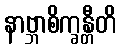
နာဗ္ဘာစိက္ခန္တီတိ